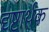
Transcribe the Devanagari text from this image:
दृष्टार्थक